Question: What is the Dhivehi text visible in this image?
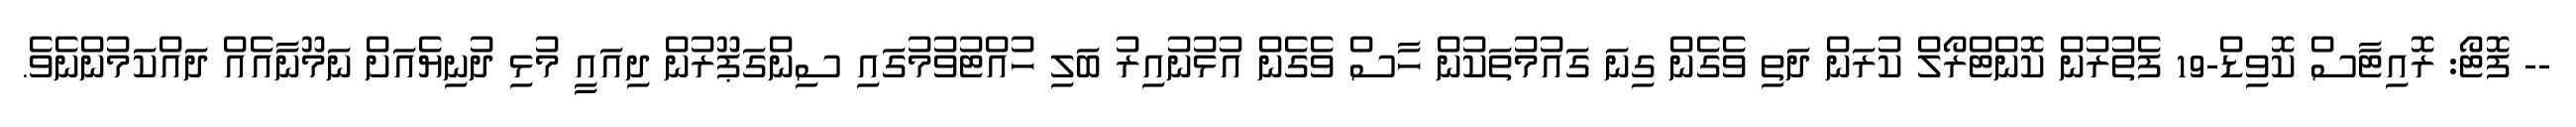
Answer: -- ފޮޓޯ: ރޮއިޓާސް ކޮވިޑް-19 ފެތުރުން ކޮންޓްރޯލް ކުރަން ދަތި ވެގެން ގިނަ ގައުމުތަކުން ހާސް ވެގެން އުޅުނުއިރު ބަލި ހުއްޓުވުމުގައި ސިންގަޕޫރުން ދިއައީ މުޅި ދުނިޔެއަށް ނަމޫނާއެއް ދައްކަމުންނެވެ.